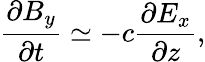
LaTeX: \frac{\partial B_{y}}{\partial t}\simeq-c\frac{\partial E_{x}}{\partial z},